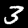
Label: 3